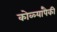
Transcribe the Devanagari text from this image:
कोळ्यांपैकी